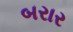
બરાર